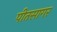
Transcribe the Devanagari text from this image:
पीतसागर